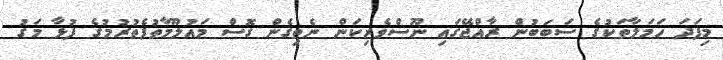
މިފަދަ ހަމަލާތަކުގެ ސަބަބުން ރާއްޖޭގައި ނޫސްވެރިކަން ނެތިގެން ގޮސް މައުލޫމާތުފެތުރުމުގެ ފުޅާ މަގު